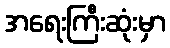
အရေးကြီးဆုံးမှာ